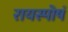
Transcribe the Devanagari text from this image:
रायस्पोषं